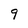
Character: 9